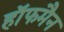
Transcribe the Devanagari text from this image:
हाॅफमैन